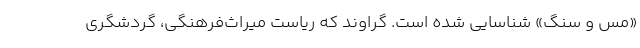
«مس و سنگ» شناسایی شده است. گراوند که ریاست میراث‌فرهنگی، گردشگری